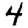
Digit: 4